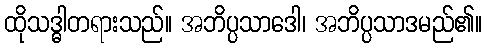
ထိုသဒ္ဓါတရားသည်။ အဘိပ္ပသာဒေါ၊ အဘိပ္ပသာဒမည်၏။